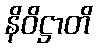
နိဝိဋ္ဌာတိ